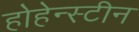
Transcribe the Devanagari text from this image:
होहेन्स्टीन